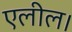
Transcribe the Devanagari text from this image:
एलील।